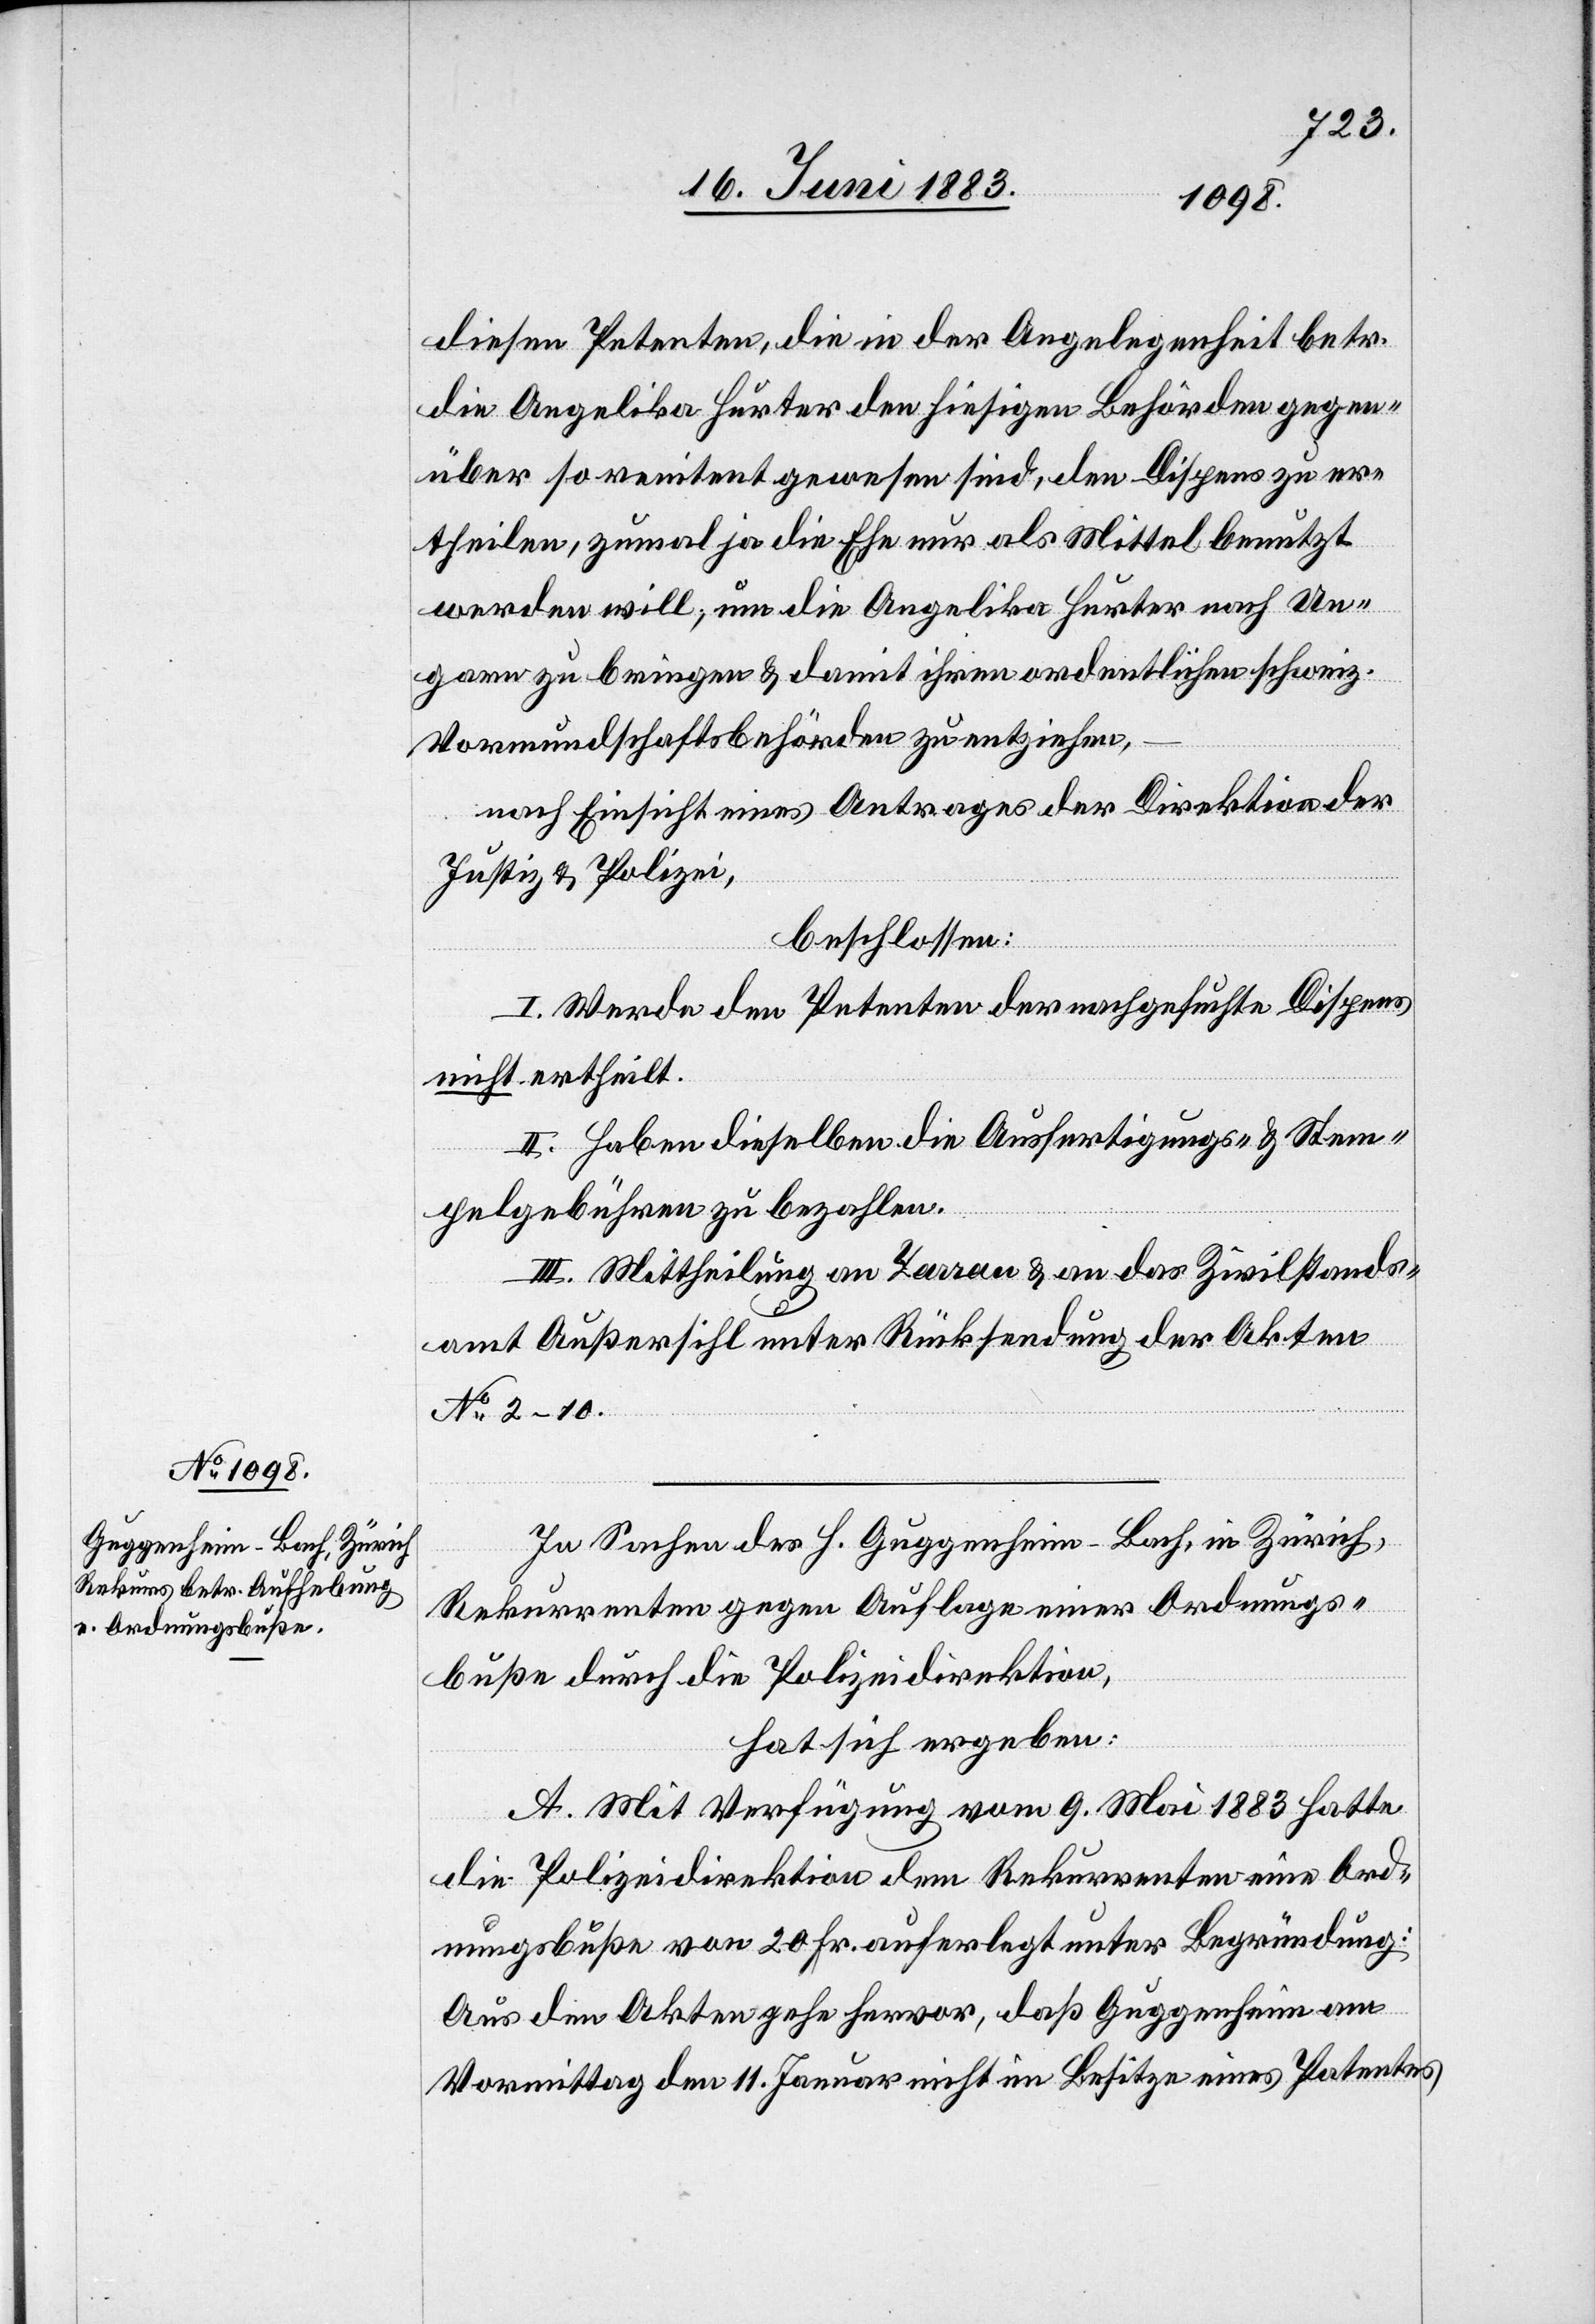
diesen Petenten, die in der Angelegenheit betr.
die Angelika Hurter den hiesigen Behörden gegen¬
über so renitent gewesen sind, den Dispens zu er¬
theilen, zumal ja die Ehe nur als Mittel benutzt
werden will, um die Angelika Hurter nach Un¬
garn zu bringen & damit ihren ordentlichen schweiz.
Vormundschaftsbehörden zu entziehen,
nach Einsicht eines Antrages der Direktion der
Justiz & Polizei,
beschlossen:
I. Werde den Petenten der nachgesuchte Dispens
nicht ertheilt.
II. Haben dieselben die Ausfertigungs- und Stem¬
pelgebühren zu bezahlen.
III. Mittheilung an Zarran & an das Zivilstands¬
amt Außersihl unter Rücksendung der Akten
No 2–10.
In Sachen des H. Guggenheim-Bach, in Zürich,
Rekurrenten gegen Auflage einer Ordnungs¬
buße durch die Polizeidirektion,
hat sich ergeben:
A. Mit Verfügung vom 9. Mai 1883 hatte
die Polizeidirektion dem Rekurrenten eine Ord¬
nungsbuße von 20 Fr. auferlegt unter Begründung:
Aus den Akten gehe hervor, daß Guggenheim am
Vormittag den 11. Januar nicht im Besitze eines Patentes